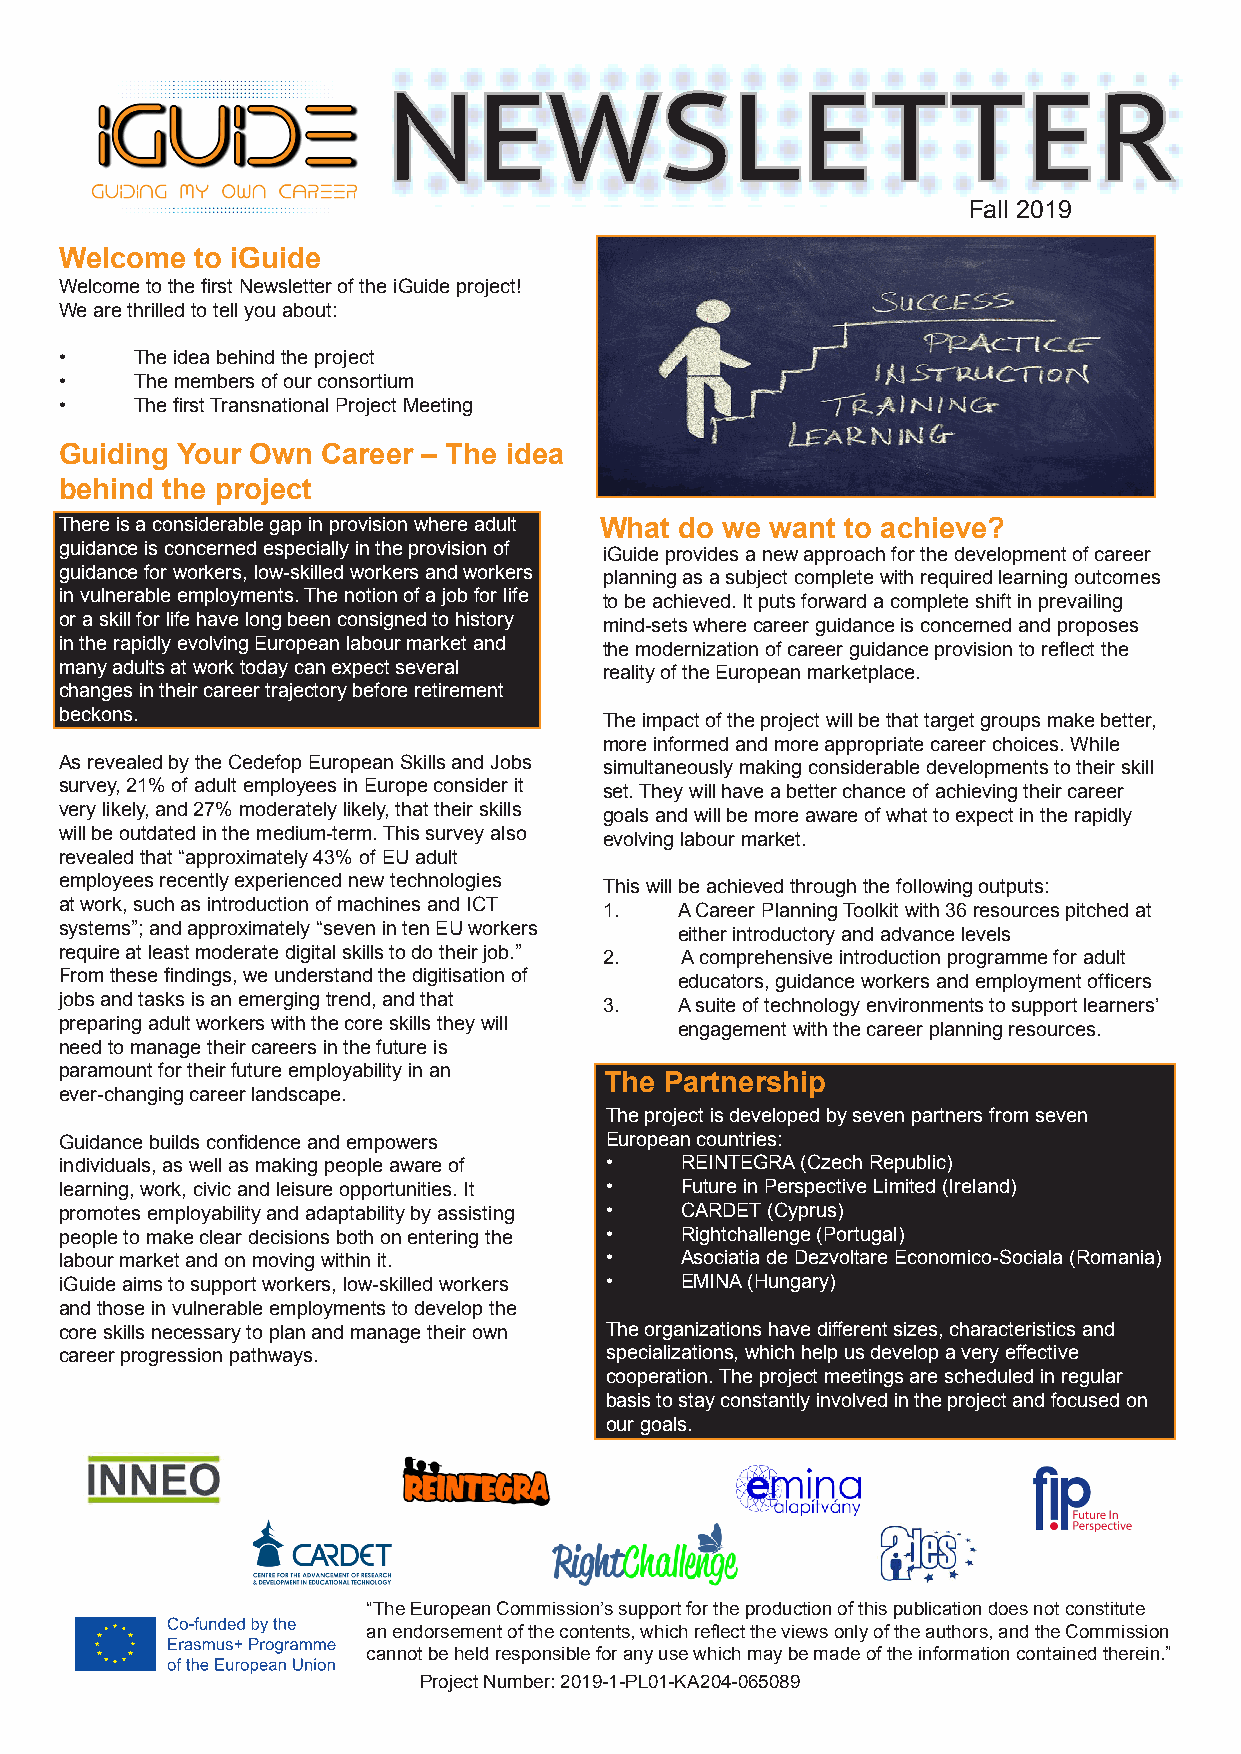
NEWSLETTER
 Fall 2019
 Welcome  to iGuide
 Welcome to the first Newsletter of the iGuide project!
 We are thrilled to tell you about:
 •    The idea behind the project
 •    The members of our consortium
 •    The first Transnational Project Meeting
 Guiding Your Own Career – The idea
 behind the project
 There is a considerable gap in provision where adult What do we want to achieve?
 guidance is concerned especially in the provision of iGuide provides a new approach for the development of career
 guidance for workers, low-skilled workers and workers planning as a subject complete with required learning outcomes
 in vulnerable employments. The notion of a job for life to be achieved. It puts forward a complete shift in prevailing
 or a skill for life have long been consigned to history mind-sets where career guidance is concerned and proposes
 in the rapidly evolving European labour market and the modernization of career guidance provision to reflect the
 many adults at work today can expect several reality of the European marketplace.
 changes in their career trajectory before retirement
 beckons.                            The impact of the project will be that target groups make better,
 more informed and more appropriate career choices. While
 As revealed by the Cedefop European Skills and Jobs simultaneously making considerable developments to their skill
 survey, 21% of adult employees in Europe consider it set. They will have a better chance of achieving their career
 very likely, and 27% moderately likely, that their skills goals and will be more aware of what to expect in the rapidly
 will be outdated in the medium-term. This survey also evolving labour market.
 revealed that “approximately 43% of EU adult
 employees recently experienced new technologies This will be achieved through the following outputs:
 at work, such as introduction of machines and ICT 1. A Career Planning Toolkit with 36 resources pitched at
 systems”; and approximately “seven in ten EU workers either introductory and advance levels
 require at least moderate digital skills to do their job.” 2. A comprehensive introduction programme for adult
 From these findings, we understand the digitisation of educators, guidance workers and employment officers
 jobs and tasks is an emerging trend, and that 3. A suite of technology environments to support learners’
 preparing adult workers with the core skills they will engagement with the career planning resources.
 need to manage their careers in the future is
 paramount for their future employability in an
 The Partnership
 ever-changing career landscape.
 The project is developed by seven partners from seven
 Guidance builds confidence and empowers European countries:
 individuals, as well as making people aware of • REINTEGRA (Czech Republic)
 learning, work, civic and leisure opportunities. It • Future in Perspective Limited (Ireland)
 promotes employability and adaptability by assisting • CARDET (Cyprus)
 people to make clear decisions both on entering the • Rightchallenge (Portugal)
 labour market and on moving within it. • Asociatia de Dezvoltare Economico-Sociala (Romania)
 iGuide aims to support workers, low-skilled workers • EMINA (Hungary)
 and those in vulnerable employments to develop the
 core skills necessary to plan and manage their own The organizations have different sizes, characteristics and
 career progression pathways.        specializations, which help us develop a very effective
 cooperation. The project meetings are scheduled in regular
 basis to stay constantly involved in the project and focused on
 our goals.
 “The European Commission’s support for the production of this publication does not constitute
 an endorsement of the contents, which reflect the views only of the authors, and the Commission
 cannot be held responsible for any use which may be made of the information contained therein.”
 Project Number: 2019-1-PL01-KA204-065089